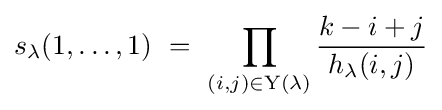
s_{\lambda }(1,\ldots ,1)\ =\ \prod _{(i,j)\in \mathrm {Y} (\lambda )}{\frac {k-i+j}{h_{\lambda }(i,j)}}